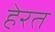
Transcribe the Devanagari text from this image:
हेरत